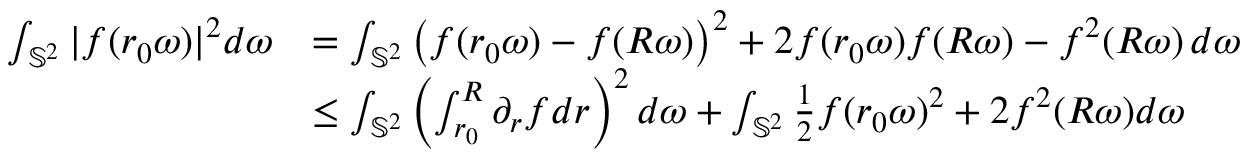
\begin{array} { r l } { \int _ { \mathbb { S } ^ { 2 } } | f ( r _ { 0 } \omega ) | ^ { 2 } d \omega } & { = \int _ { \mathbb { S } ^ { 2 } } \left( f ( r _ { 0 } \omega ) - f ( R \omega ) \right) ^ { 2 } + 2 f ( r _ { 0 } \omega ) f ( R \omega ) - f ^ { 2 } ( R \omega ) \, d \omega } \\ & { \leq \int _ { \mathbb { S } ^ { 2 } } \left( \int _ { r _ { 0 } } ^ { R } \partial _ { r } f d r \right) ^ { 2 } d \omega + \int _ { \mathbb { S } ^ { 2 } } \frac 1 2 f ( r _ { 0 } \omega ) ^ { 2 } + 2 f ^ { 2 } ( R \omega ) d \omega } \end{array}